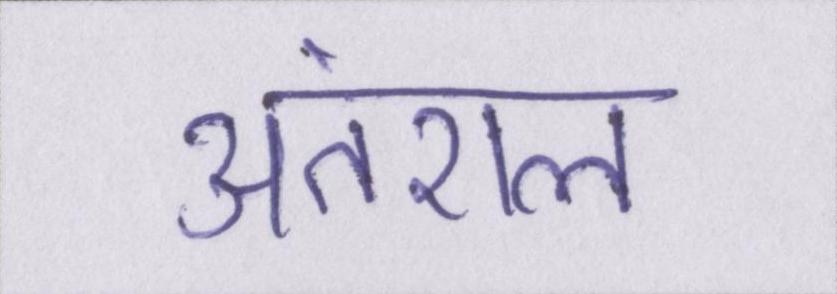
अंतराल